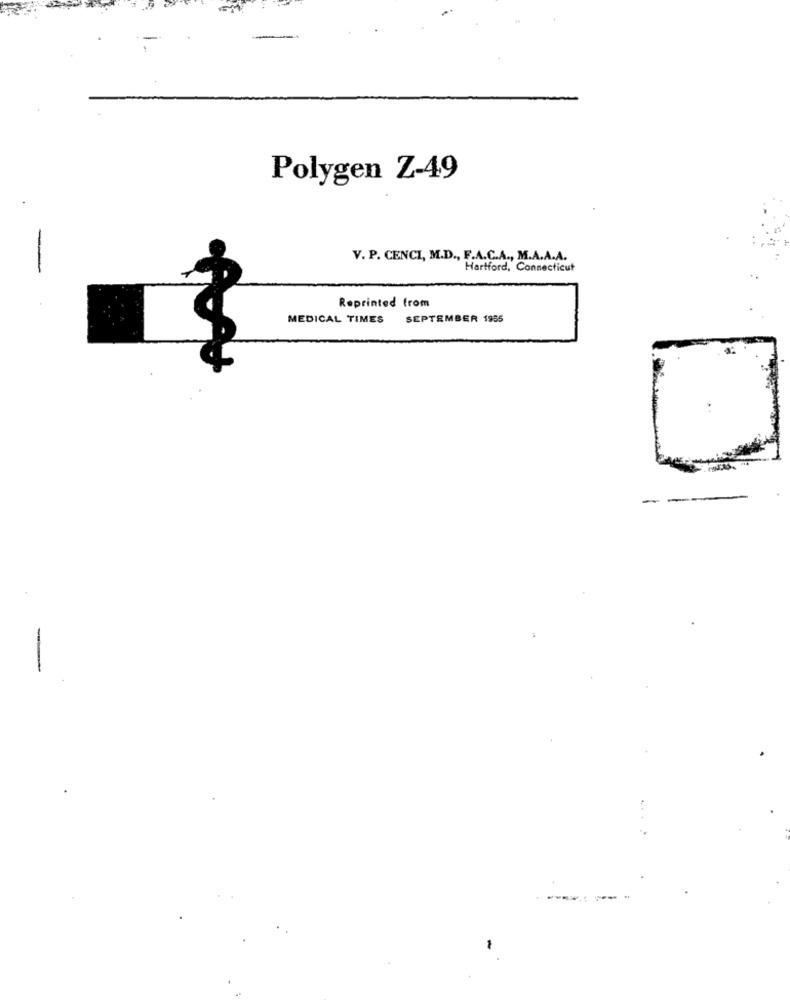
Polygen Z-49
V. P. CENCI, M.D ., F.A.C.A ., M.A.A.A.
Hartford, Connecticut
Reprinted from
MEDICAL TIMES
SEPTEMBER 1955
-
-